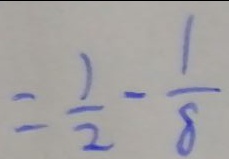
= \frac { 1 } { 2 } - \frac { 1 } { 8 }